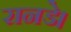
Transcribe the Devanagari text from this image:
रानडे।